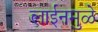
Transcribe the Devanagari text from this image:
लाईनमुळे